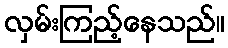
လှမ်းကြည့်နေသည်။